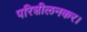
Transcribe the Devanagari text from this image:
परिशीलनकर।